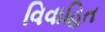
વિવાહિત